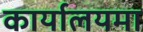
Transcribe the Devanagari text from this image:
कार्यालयमा